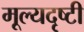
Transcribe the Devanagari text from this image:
मूल्यदृष्टी